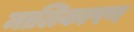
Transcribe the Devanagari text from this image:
मालिकापण